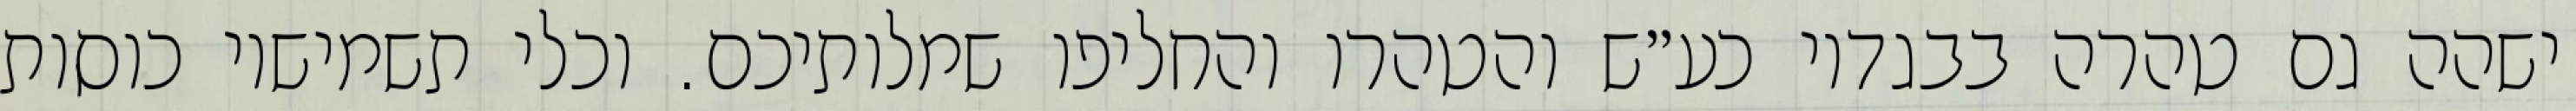
ישהה גם טהרה בבגדיו כע״ש והטהרו והחליפו שמלותיכם. וכלי תשמישיו כוסות